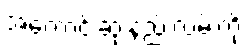
အကောင်းဆုံးနည်းလမ်းကို